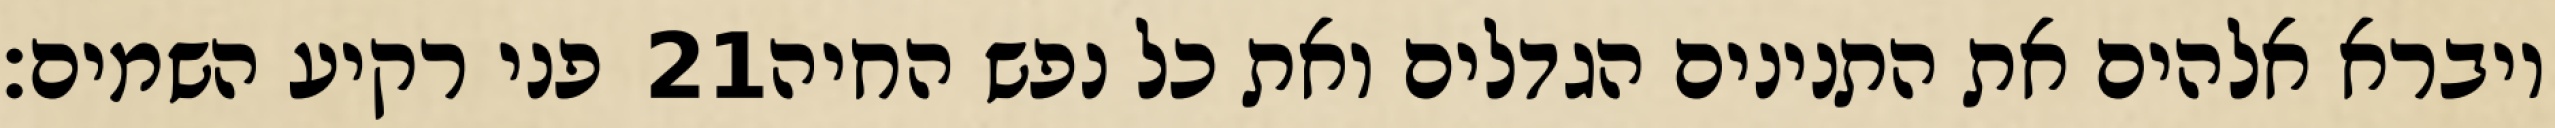
פני רקיע השמים׃ ‎21‏ ויברא אלהים את התנינים הגדלים ואת כל נפש החיה